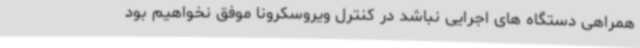
همراهی دستگاه های اجرایی نباشد در کنترل ویروسکرونا موفق نخواهیم بود